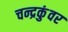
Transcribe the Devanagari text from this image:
चन्द्रकुंवर